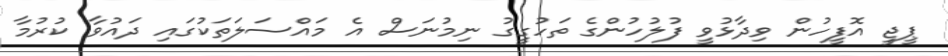
ޕީޖީ އޮފީހުން ވިދާޅުވީ ފުލުހުންގެ ތަހުގީގު ނިމުނަސް އެ މައްސަލަތަކުގައި ދައުވާ ކުރުމާ